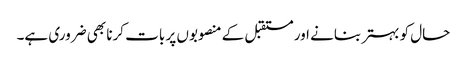
حال کو بہتر بنانے اور مستقبل کے منصوبوں پر بات کرنا بھی ضروری ہے۔